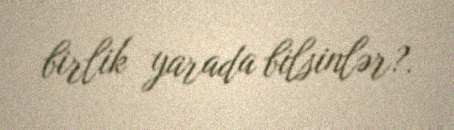
birlik yarada bilsinlər?.